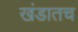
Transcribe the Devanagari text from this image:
खंडातच